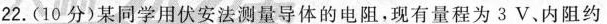
22.(10分)某同学用伏安法测量导体的电阻，现有量程为3V、内阻约